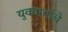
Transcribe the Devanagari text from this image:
युववार्ताचे